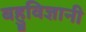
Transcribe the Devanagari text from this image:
बहुविज्ञानी